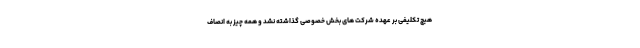
هیچ تکلیفی بر عهده شرکت های بخش خصوصی گذاشته نشد و همه چیز به انصاف